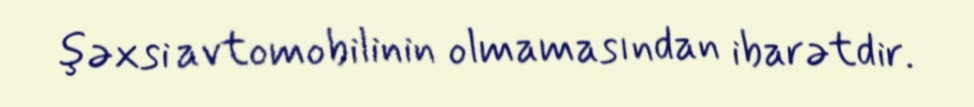
şəxsi avtomobilinin olmamasından ibarətdir.